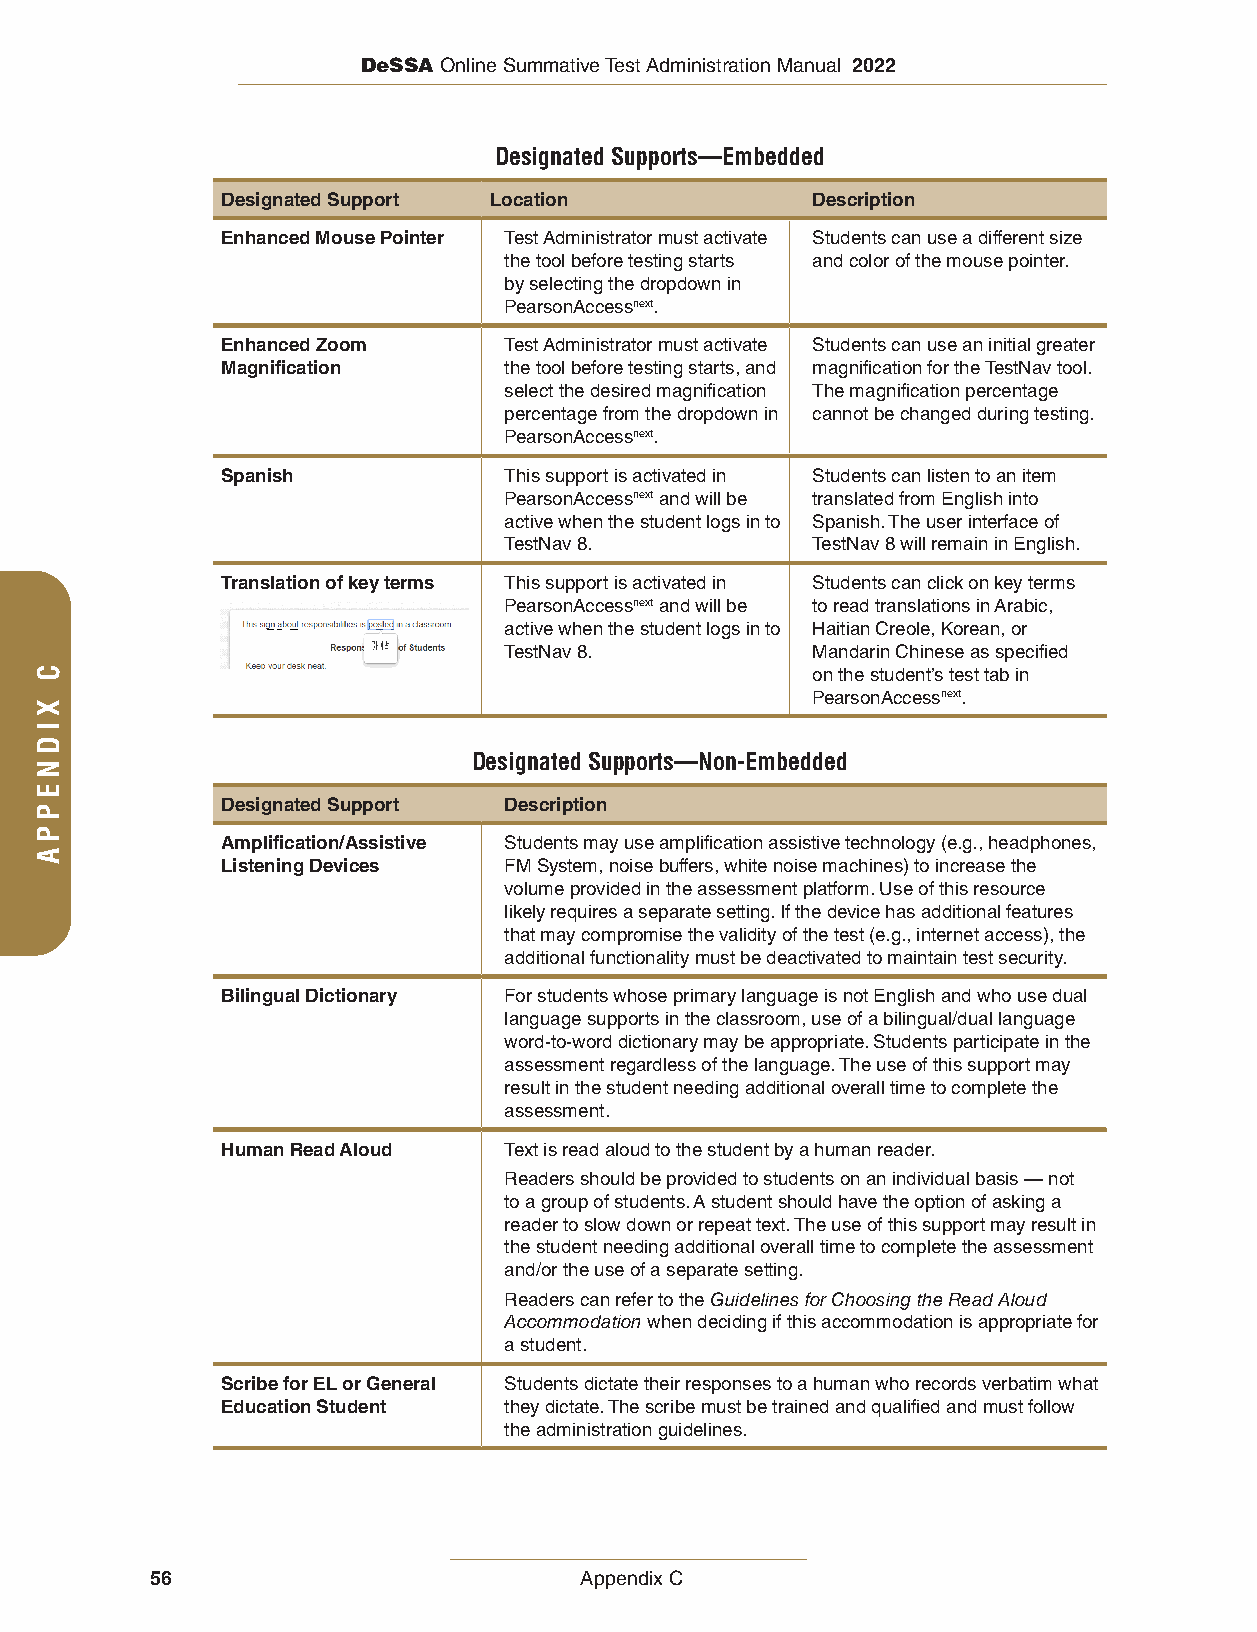
DeSSA Online Summative Test Administration Manual 2022
 Designated Supports—Embedded
 Designated Support Location            Description
 Enhanced Mouse Pointer Test Administrator must activate Students can use a different size
 the tool before testing starts and color of the mouse pointer.
 by selecting the dropdown in
 PearsonAccessnext.
 Enhanced Zoom     Test Administrator must activate Students can use an initial greater
 Magnification     the tool before testing starts, and magnification for the TestNav tool.
 select the desired magnification The magnification percentage
 percentage from the dropdown in cannot be changed during testing.
 PearsonAccessnext.
 Spanish           This support is activated in Students can listen to an item
 PearsonAccessnext and will be translated from English into
 active when the student logs in to Spanish. The user interface of
 TestNav 8.           TestNav 8 will remain in English.
 Translation of key terms This support is activated in Students can click on key terms
 PearsonAccessnext and will be to read translations in Arabic,
 active when the student logs in to Haitian Creole, Korean, or
 TestNav 8.           Mandarin Chinese as specified
 on the student’s test tab in
 PearsonAccessnext.
 Designated Supports—Non-Embedded
 Designated Support Description
 Amplification/Assistive Students may use amplification assistive technology (e.g., headphones,
 Listening Devices FM System, noise buffers, white noise machines) to increase the
 volume provided in the assessment platform. Use of this resource
 likely requires a separate setting. If the device has additional features
 that may compromise the validity of the test (e.g., internet access), the
 additional functionality must be deactivated to maintain test security.
 Bilingual Dictionary For students whose primary language is not English and who use dual
 language supports in the classroom, use of a bilingual/dual language
 word-to-word dictionary may be appropriate. Students participate in the
 assessment regardless of the language. The use of this support may
 result in the student needing additional overall time to complete the
 assessment.
 Human Read Aloud  Text is read aloud to the student by a human reader.
 Readers should be provided to students on an individual basis — not
 to a group of students. A student should have the option of asking a
 reader to slow down or repeat text. The use of this support may result in
 the student needing additional overall time to complete the assessment
 and/or the use of a separate setting.
 Readers can refer to the Guidelines for Choosing the Read Aloud
 Accommodation when deciding if this accommodation is appropriate for
 a student.
 Scribe for EL or General Students dictate their responses to a human who records verbatim what
 Education Student they dictate. The scribe must be trained and qualified and must follow
 the administration guidelines.
 56                          Appendix C
 C
 XIDNEPPA